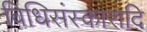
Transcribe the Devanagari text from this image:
विधिसंस्कारादि